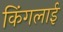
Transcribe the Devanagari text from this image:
किंगलाई